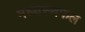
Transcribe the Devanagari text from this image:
मध्यस्थफल